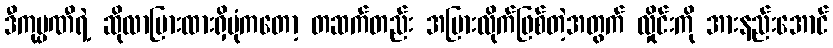
ဒီကုမ္ပဏီရဲ့ ဆိုလာပြားထားရှိပုံကတော့ တဆက်တည်း အပြားလိုက်ဖြစ်တဲ့အတွက် လှိုင်းကို အားနည်းအောင်